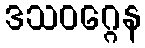
ဒသဝဂ္ဂေန